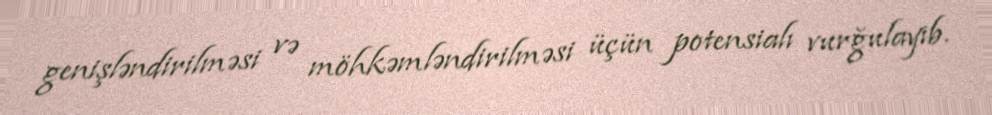
genişləndirilməsi və möhkəmləndirilməsi üçün potensialı vurğulayıb.